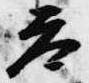
参